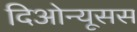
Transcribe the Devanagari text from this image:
दिओन्यूसस